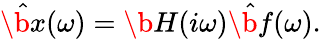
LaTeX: \hat{\b{x}}(\omega)=\b{H}(i\omega)\hat{\b{f}}(\omega).